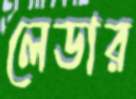
লেডার